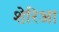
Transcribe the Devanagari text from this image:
शेरिआ